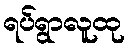
ရပ်ရွာလူထု